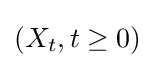
(X_{t},t\geq 0)